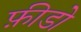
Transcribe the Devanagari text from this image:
फ़ीडो